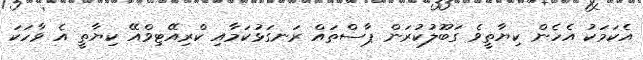
އެކަމަކު އެހެން ކިޔާތީވެ ގަބޫލުކުރަން ޕާސްތައް ރަނގަޅުކަމާއި ކްރިއޭޓިވްއޭ ކިޔާތީ އެ ވާހަކަ